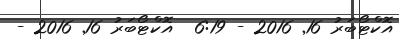
އޮކްޓޯބަރު 16